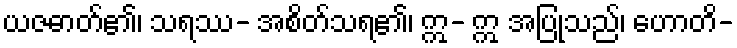
ယဇဓာတ်၏၊ သရဿ- အစိတ်သရ၏၊ ဣ- ဣ အပြုသည်၊ ဟောတိ-